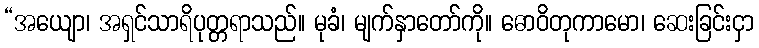
“အယျော၊ အရှင်သာရိပုတ္တရာသည်။ မုခံ၊ မျက်နှာတော်ကို။ ဓောဝိတုကာမော၊ ဆေးခြင်းငှာ